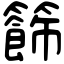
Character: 籂